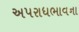
અપરાધભાવના